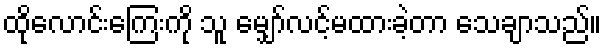
ထိုလောင်းကြေးကို သူ မျှော်လင့်မထားခဲ့တာ သေချာသည်။